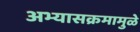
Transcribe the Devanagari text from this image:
अभ्यासक्रमामुळे